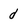
Character: d